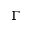
\Gamma